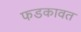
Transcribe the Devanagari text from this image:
फडकावत